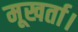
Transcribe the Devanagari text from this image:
मूखर्ता।